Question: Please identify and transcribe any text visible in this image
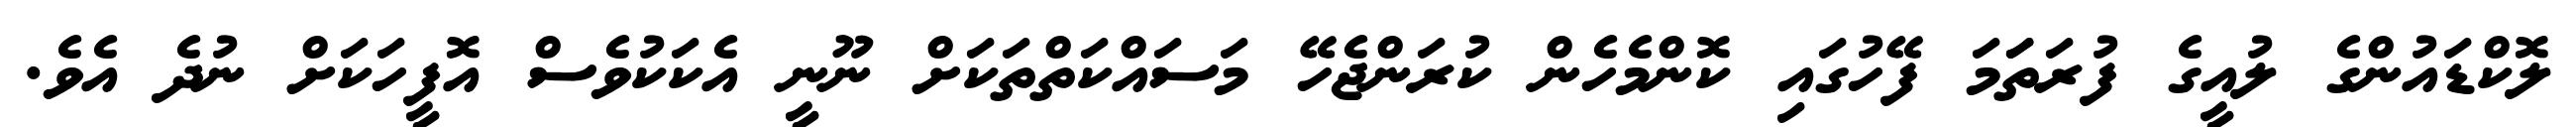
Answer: ލޮކްޑައުންގެ ލުއީގެ ފުރަތަަމަ ފޭހުގައި ކޮންމެހެން ކުރަންޖެހޭ މަސައްކަތްތަކަށް ނޫނީ އެކަކުވެސް އޮފީހަކަށް ނުދެ އެވެ.